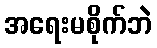
အရေးမစိုက်ဘဲ